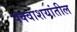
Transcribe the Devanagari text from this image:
पक्वाशयांतील